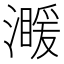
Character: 𤀣